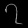
Digit: ၇